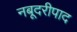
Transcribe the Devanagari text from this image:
नबूदरीपाद